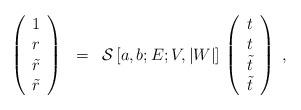
LaTeX: \begin{align*}\begin{array}{ccl}\left( \begin{array}{c}1 \\r \\\tilde{r} \\\tilde{r} \end{array}\right)& = &\mathcal{S} \, [a,b; E; V, |W|]\, \left( \begin{array}{c}t \\t \\\tilde{t} \\\tilde{t}\end{array}\right)~,\end{array}\end{align*}